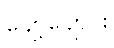
ပျော့ပျောင်း